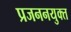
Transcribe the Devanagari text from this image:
प्रजननयुक्त